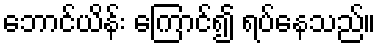
ဘောင်ယိန်း ကြောင်၍ ရပ်နေသည်။